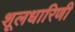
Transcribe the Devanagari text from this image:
शूलधारिणी